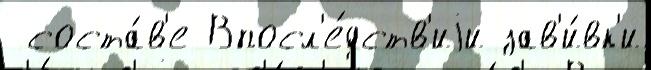
 соста́в'е Впосл'е́дств'иjи зав'и́вк'и